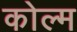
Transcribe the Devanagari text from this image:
कोल्म